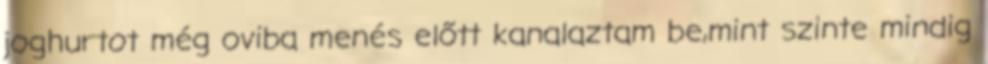
joghurtot még oviba menés előtt kanalaztam be,mint szinte mindig